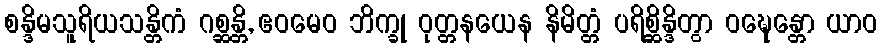
စန္ဒိမသူရိယသန္တိကံ ဂစ္ဆန္တိ, ဧဝမေဝ ဘိက္ခု ဝုတ္တနယေန နိမိတ္တံ ပရိစ္ဆိန္ဒိတွာ ဝဍ္ဎေန္တော ယာဝ